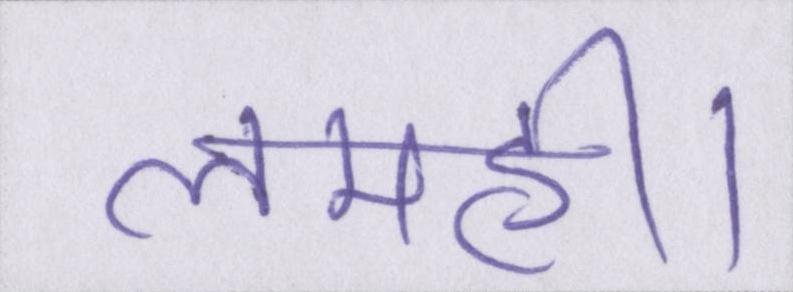
लमही।